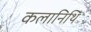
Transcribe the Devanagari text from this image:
कलानिथि